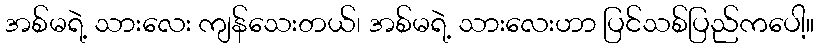
အစ်မရဲ့ သားလေး ကျန်သေးတယ်၊ အစ်မရဲ့ သားလေးဟာ ပြင်သစ်ပြည်ကပေါ့။